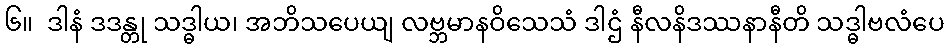
၆။  ဒါနံ ဒဒန္တု သဒ္ဓါယ၊ အဘိသပေယျ လဗ္ဘမာနဝိသေသံ ဒါဌံ နီလနိဒဿနာနီတိ သဒ္ဓါဗလံပေ